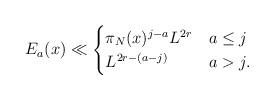
LaTeX: \begin{align*}E_a(x) \ll \begin{cases}\pi_N(x)^{j-a}L ^{2r} &a \leq j\\L^{2r - (a-j)} &a > j.\\\end{cases}\end{align*}